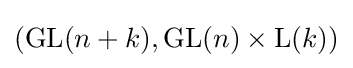
{\textstyle ({\text{GL}}(n+k),{\text{GL}}(n)\times {\text{L}}(k))}